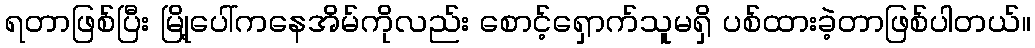
ရတာဖြစ်ပြီး မြို့ပေါ်ကနေအိမ်ကိုလည်း စောင့်ရှောက်သူမရှိ ပစ်ထားခဲ့တာဖြစ်ပါတယ်။